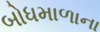
બોધમાળાના